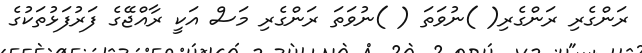
ރަންގެރި ރަންގެރި( )ނުވަތަ ( )ނުވަތަ ރަންގެރި މަސް އަކީ ރާއްޖޭގެ ފަރުފަޅުތަކުގެ